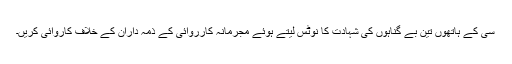
سی کے ہاتھوں تین بے گناہوں کی شہادت کا نوٹس لیتے ہوئے مجرمانہ کارروائی کے ذمہ داران کے خلاف کاروائی کریں۔